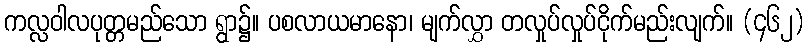
ကလ္လဝါလပုတ္တမည်သော ရွာ၌။ ပစလာယမာနော၊ မျက်လွှာ တလှုပ်လှုပ်ငိုက်မည်းလျက်။ (၄၆၂)